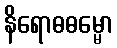
နိရောဓဓမ္မော